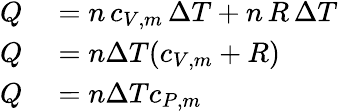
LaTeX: \begin{array}{rl}{Q}&{{}=n\, c_{V,m}\, \Delta T+n\, R\, \Delta T}\\ {Q}&{{}=n\Delta T(c_{V,m}+R)}\\ {Q}&{{}=n\Delta Tc_{P,m}}\end{array}